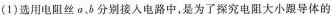
(1)选用电阻丝a，b分别接入电路中，是为了探究电阻大小跟导体的